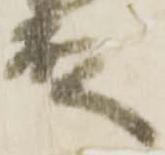
殿